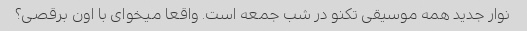
نوار جدید همه موسیقی تکنو در شب جمعه است. واقعا میخوای با اون برقصی؟